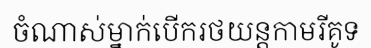
ចំណាស់ម្នាក់បើករថយន្តកាមរីគូទ